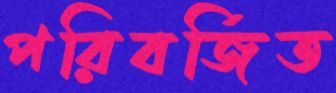
পরিবর্জিত